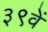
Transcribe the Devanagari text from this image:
३९वें